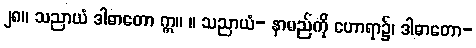
၂၈။ သညာယံ ဒါဓာတော ဣ။ ။ သညာယံ- နာမည်ကို ဟောရာ၌၊ ဒါဓာတော-